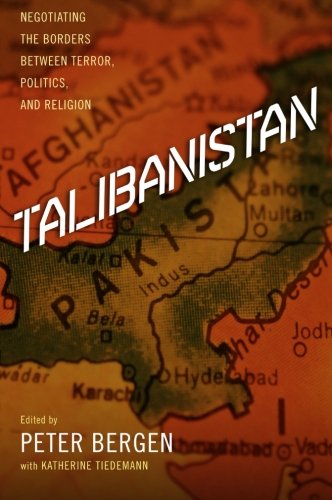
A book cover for Talibanistan: Negotiating the Borders Between Terror, Politics, and Religion; History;